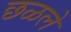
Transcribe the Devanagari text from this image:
छळले